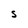
Character: S